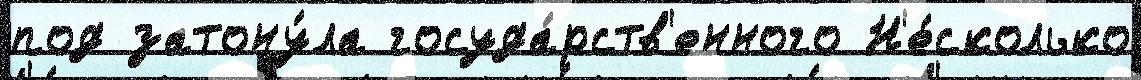
под затону́ла госуда́рств'енного Н'е́сколько